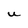
Character: U